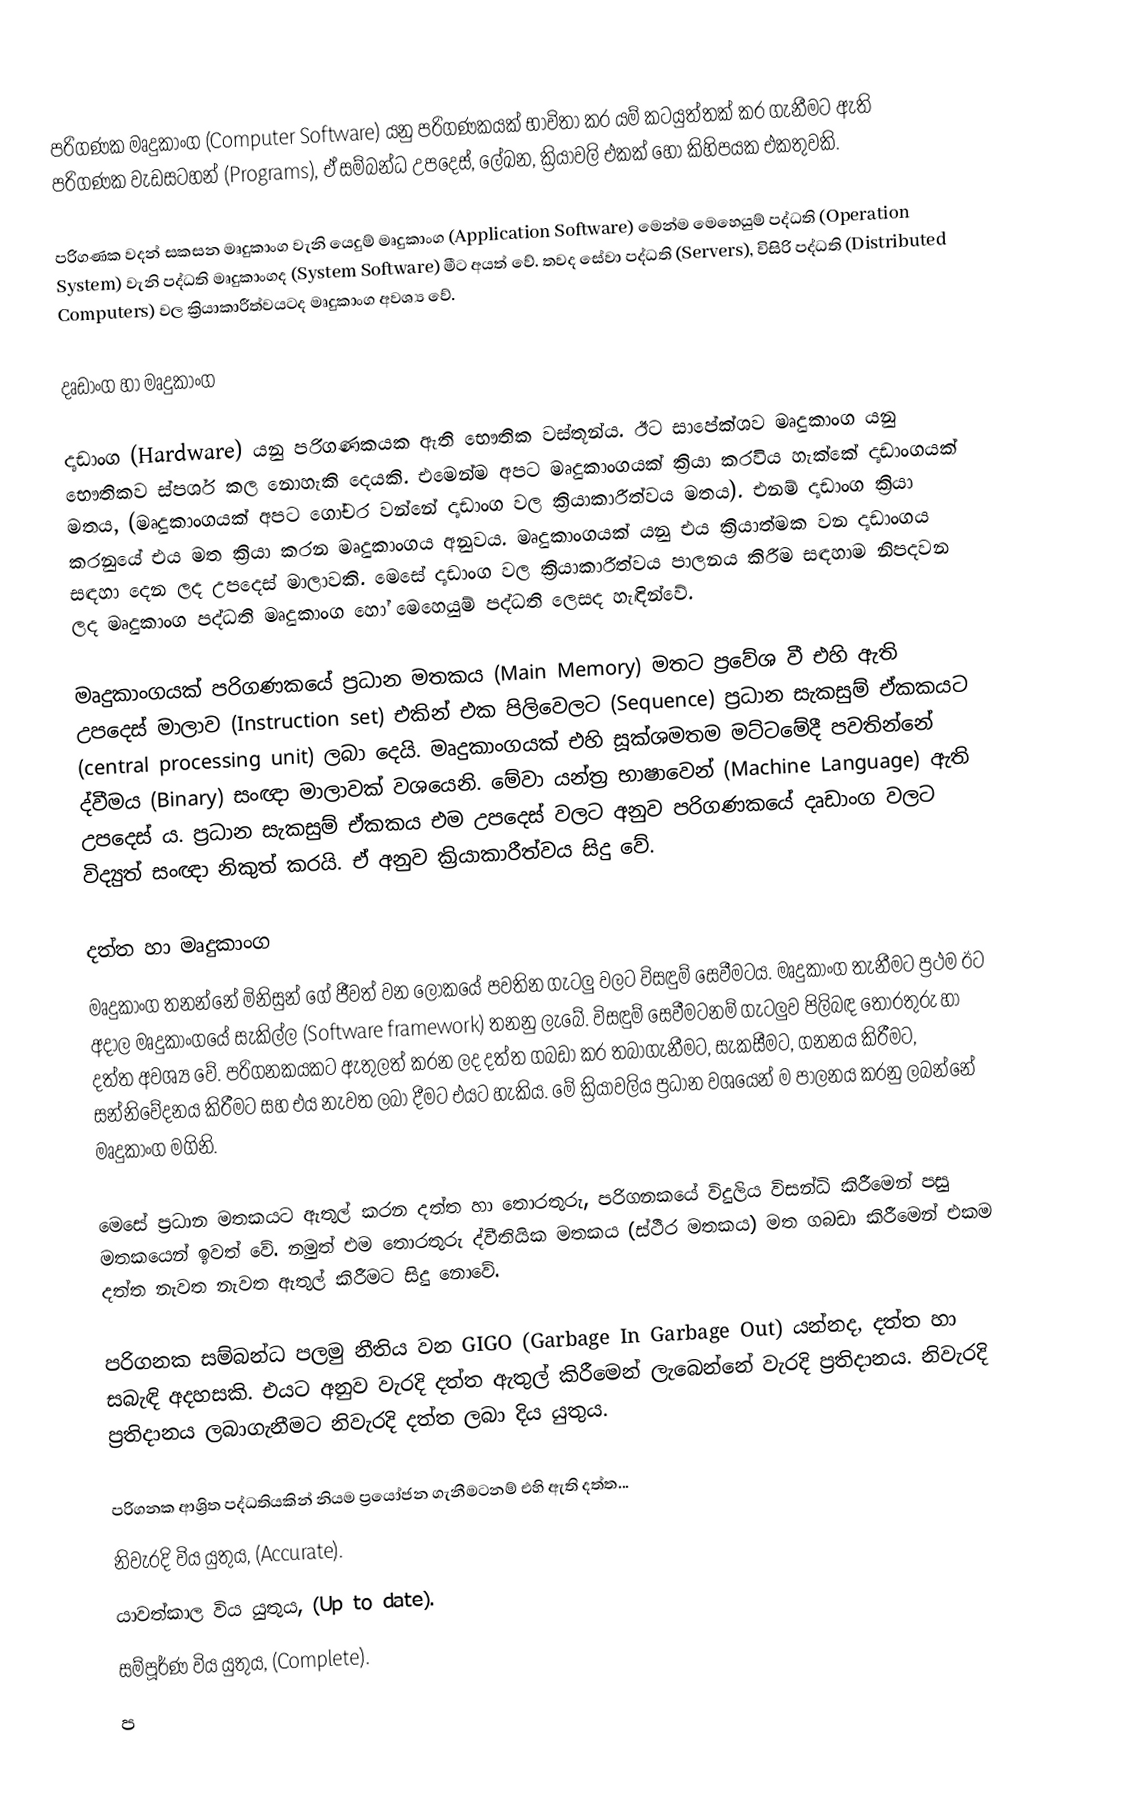
පරිගණක මෘදුකාංග (Computer Software) යනු පරිගණකයක් භාවිතා කර යම් කටයුත්තක් කර ගැනීමට ඇති පරිගණක වැඩසටහන් (Programs), ඒ සම්බන්ධ උපදෙස්, ලේඛන, ක්‍රියාවලි එකක් හෝ කිහිපයක එකතුවකි.

පරිගණක වදන් සකසන මෘදුකාංග වැනි යෙදුම් මෘදුකාංග (Application Software) මෙන්ම මෙහෙයුම් පද්ධති (Operation System) වැනි පද්ධති මෘදුකාංගද (System Software) මීට අයත් වේ. තවද සේවා පද්ධති (Servers), විසිරි පද්ධති (Distributed Computers) වල ක්‍රියාකාරීත්වයටද මෘදුකාංග අවශ්‍ය වේ.

දෘඩාංග හා මෘදුකාංග

දෘඩාංග (Hardware) යනු පරිගණකයක ඇති භෞතික වස්තූන්ය. ඊට සාපේක්ශව මෘදුකාංග යනු භෞතිකව ස්පර්ශ කල නොහැකි දෙයකි. එමෙන්ම අපට මෘදුකාංගයක් ක්‍රියා කරවිය හැක්කේ දෘඩාංගයක් මතය, (මෘදුකාංගයක් අපට ගෝචර වන්නේ දෘඩාංග වල ක්‍රියාකාරීත්වය මතය). එනම් දෘඩාංග ක්‍රියා කරනුයේ එය මත ක්‍රියා කරන මෘදුකාංගය අනුවය. මෘදුකාංගයක් යනු එය ක්‍රියාත්මක වන දෘඩාංගය සඳහා දෙන ලද උපදෙස් මාලාවකි. මෙසේ දෘඩාංග වල ක්‍රියාකාරීත්වය පාලනය කිරීම සඳහාම නිපදවන ලද මෘදුකාංග පද්ධති මෘදුකාංග හෝ මෙහෙයුම් පද්ධති ලෙසද හැඳින්වේ.

මෘදුකාංගයක් පරිගණකයේ ප්‍රධාන මතකය (Main Memory) මතට ප්‍රවේශ වී එහි ඇති උපදෙස් මාලාව (Instruction set) එකින් එක පිලිවෙලට (Sequence) ප්‍රධාන සැකසුම් ඒකකයට (central processing unit) ලබා දෙයි. මෘදුකාංගයක් එහි සූක්ශමතම මට්ටමේදී පවතින්නේ ද්වීමය (Binary) සංඥා මාලාවක් වශයෙනි. මේවා යන්ත්‍ර භාෂාවෙන් (Machine Language) ඇති උපදෙස් ය.  ප්‍රධාන සැකසුම් ඒකකය එම උපදෙස් වලට අනුව පරිගණකයේ දෘඩාංග වලට විද්‍යුත් සංඥා නිකුත් කරයි. ඒ අනුව ක්‍රියාකාරීත්වය සිදු වේ.

දත්ත හා මෘදුකාංග
මෘදුකාංග තනන්නේ මිනිසුන් ගේ ජීවත් වන ලෝකයේ පවතින ගැටලු වලට විසඳුම් සෙවීමටය. මෘදුකාංග තැනීමට ප්‍රථම ඊට‍ අදාල මෘදුකාංගයේ සැකිල්ල (Software framework) තනනු ලැබේ. විසඳුම් සෙවීමටනම් ගැටලුව පිලිබඳ තොරතුරු හා දත්ත අවශ්‍ය වේ. පරිගනකයකට ඇතුලත් කරන ලද දත්ත ගබඩා කර තබාගැනීමට, සැකසීමට, ගනනය කිරීමට, සන්නිවේදනය කිරීමට සහ එය නැවත ලබා දීමට එයට හැකිය. මේ ක්‍රියාවලිය ප්‍රධාන වශයෙන් ම පාලනය කරනු ලබන්නේ මෘදුකාංග මගිනි.

මෙසේ ප්‍රධාන මතකයට ඇතුල් කරන දත්ත හා තොරතුරු, පරිගනකයේ විදුලිය විසන්ධි කිරීමෙන් පසු මතකයෙන් ඉවත් වේ. නමුත් එම තොරතුරු ද්වීතියික මතකය (ස්ථීර මතකය) මත ගබඩා කිරීමෙන් එකම දත්ත නැවත නැවත ඇතුල් කිරීමට සිදු නොවේ.

පරිගනක සම්බන්ධ පලමු නීතිය වන GIGO (Garbage In Garbage Out) යන්නද, දත්ත හා සබැඳි අදහසකි. එයට අනුව වැරදි දත්ත ඇතුල් කිරීමෙන් ලැබෙන්නේ වැරදි ප්‍රතිදානය. නිවැරදි ප්‍රතිදානය ලබාගැනීමට නිවැරදි දත්ත ලබා දිය යුතුය.

පරිගනක ආශ්‍රිත පද්ධතියකින් නියම ප්‍රයෝජන ගැනීමටනම් එහි ඇති දත්ත...
 නිවැරදි විය යුතුය, (Accurate).
 යාවත්කාල විය යුතුය, (Up to date).
 සම්පූර්ණ විය යුතුය, (Complete).
 ප